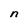
Character: n